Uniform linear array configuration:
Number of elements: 64
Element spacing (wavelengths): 0.5
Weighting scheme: blackman
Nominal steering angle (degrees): -60
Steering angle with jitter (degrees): -61.236
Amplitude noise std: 0.05
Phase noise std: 0.05

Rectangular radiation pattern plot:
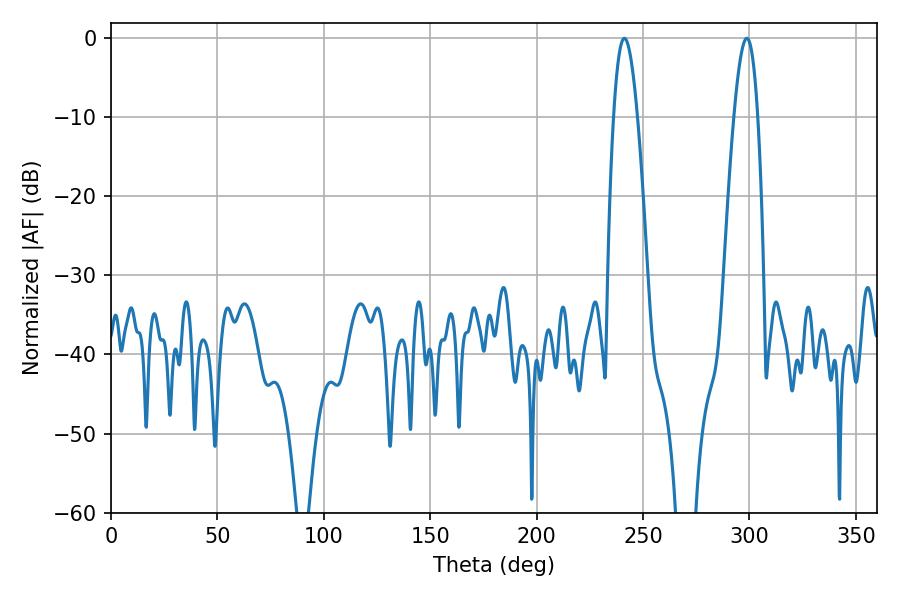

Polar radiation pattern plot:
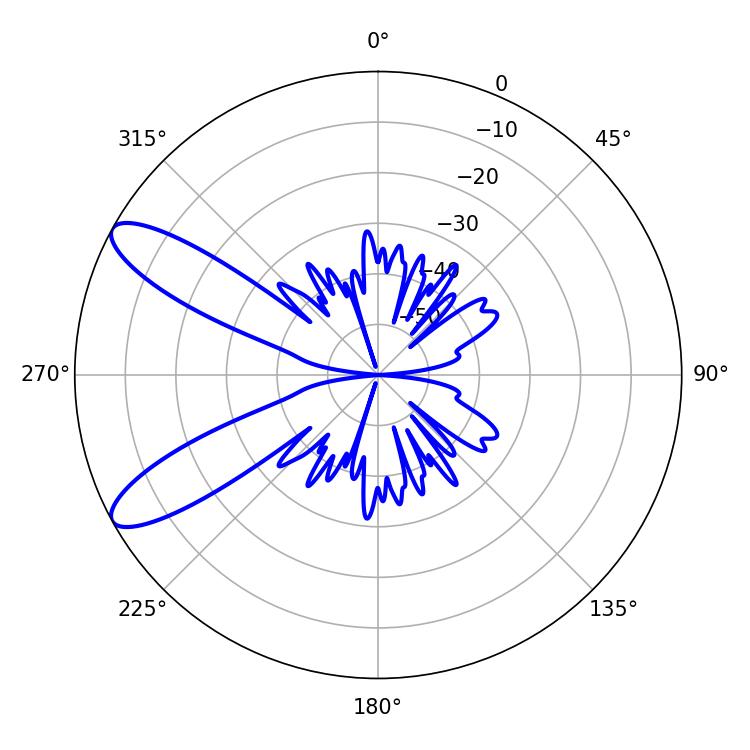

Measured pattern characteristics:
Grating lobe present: FALSE
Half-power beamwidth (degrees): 6.12
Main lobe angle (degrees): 241.2